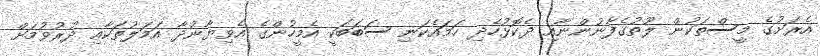
އެރަށުގެ މީސްތަކުން ލޫތުގެފާނުންނާއި ދެކޮޅުހެދި ހަމައެކަނި ސަބަބަކީ އެމީހުންގެ އެވިޔާނުދާ އަމަލުތަކާއި ދުރުވުމަށް